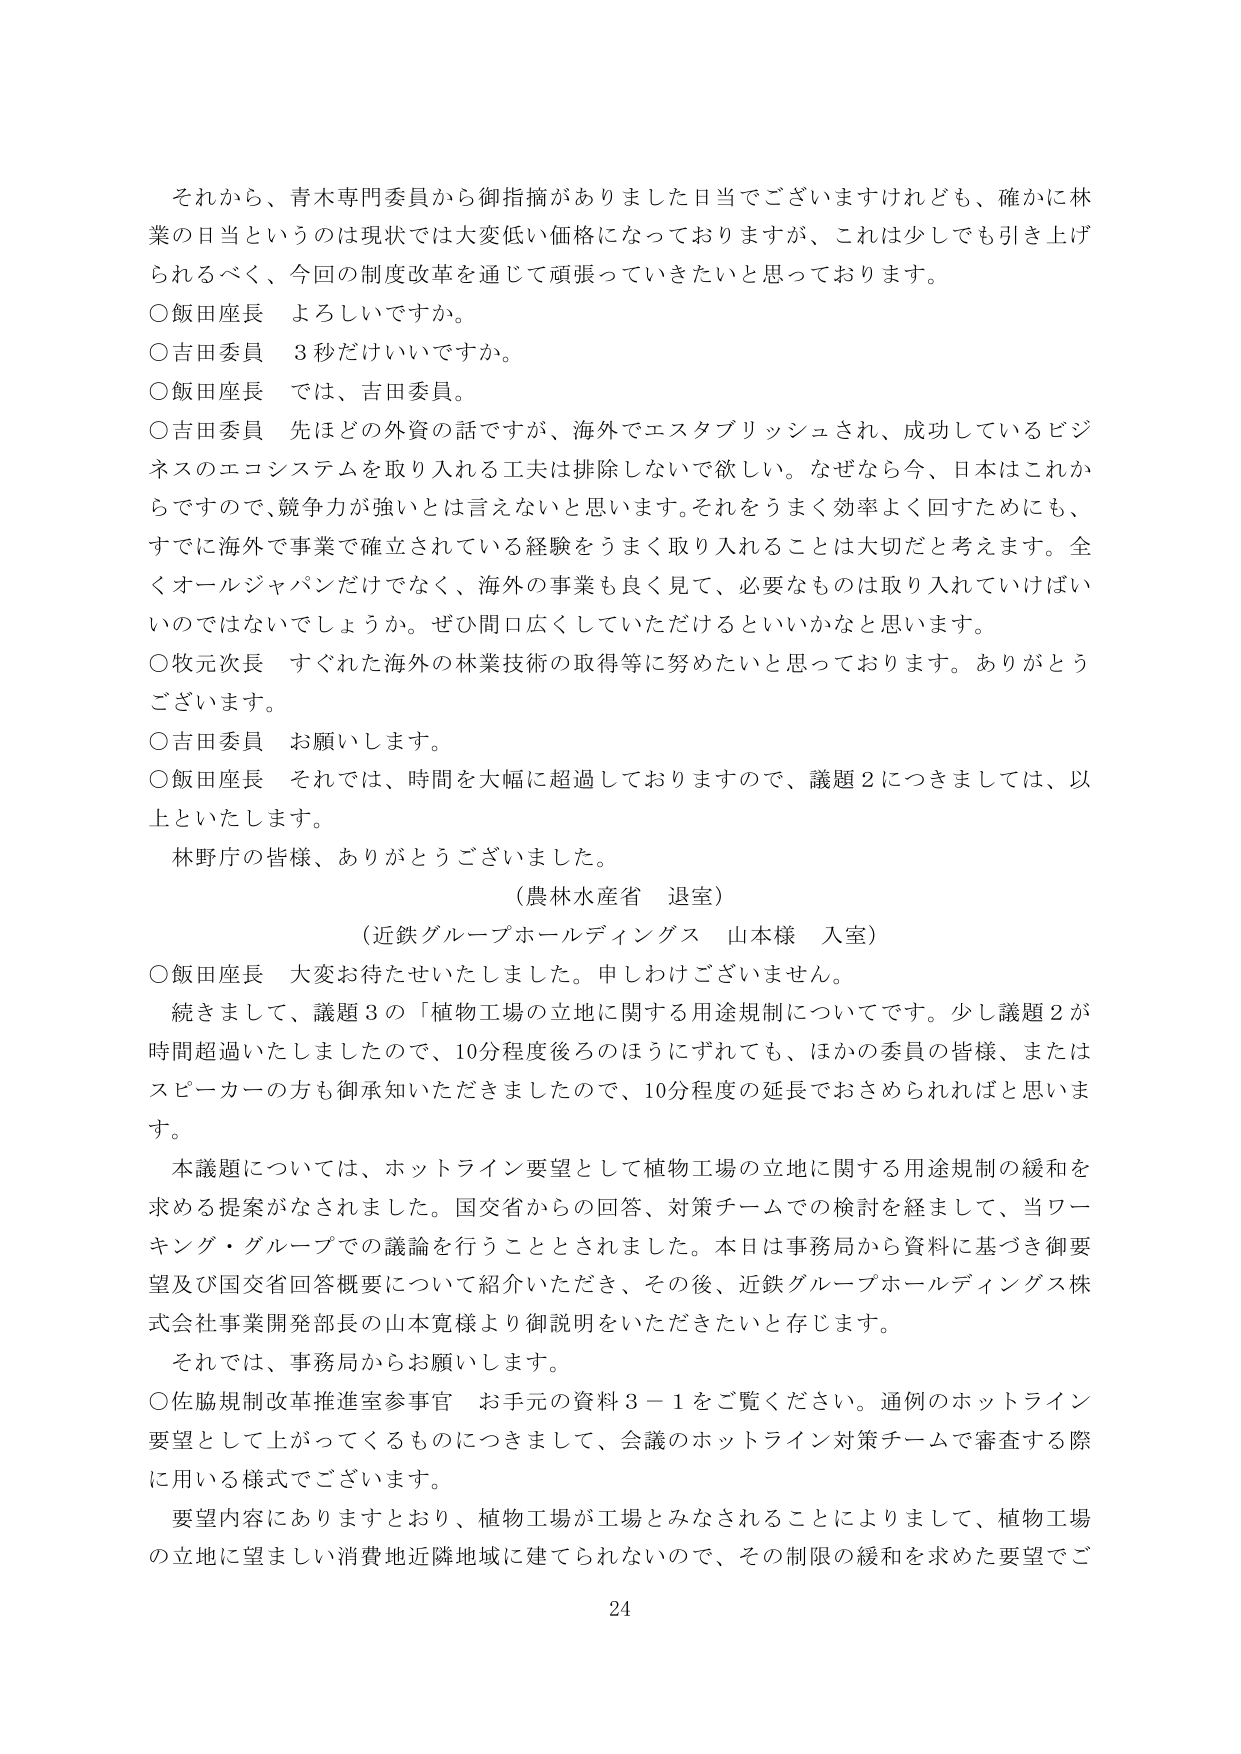
それから、青木専門委員から御指摘がありました日当でございますけれども、確かに林業の日当というのは現状では大変低い価格になっておりますが、これは少しでも引き上げられるべく、今回の制度改革を通じて頑張っていきたいと思っております。

○飯田座長　よろしいですか。

○吉田委員　3秒だけいいですか。

○飯田座長　では、吉田委員。

○吉田委員　先ほどの外資の話ですが、海外でエスタブリッシュされ、成功しているビジネスのエコシステムを取り入れる工夫は排除しないで欲しい。なぜなら今、日本はこれからですので、競争力が強いとは言えないと思います。それをうまく効率よく回すためにも、すでに海外で事業で確立されている経験をうまく取り入れることは大切だと考えます。全くオールジャパンだけではなく、海外の事業も良く見て、必要なものは取り入れていけばいいのではないでしょうか。ぜひ間口広くしていただけるといいかなと思います。

○牧元次長　すぐれた海外の林業技術の取得等に努めたいと思っております。ありがとうございます。

○吉田委員　お願いします。

○飯田座長　それでは、時間を大幅に超過しておりますので、議題2につきましては、以上といたします。

林野庁の皆様、ありがとうございました。

（農林水産省　退室）

（近鉄グループホールディングス　山本様　入室）

○飯田座長　大変お待たせいたしました。申しわけございません。

続きまして、議題3の「植物工場の立地に関する用途規制について」です。少し議題2が時間超過いたしましたので、10分程度後ろのほうにずれても、ほかの委員の皆様、またはスピーカーの方も御承知いただきましたので、10分程度の延長でおさめられればと思います。

本議題については、ホットライン要望として植物工場の立地に関する用途規制の緩和を求める提案がなされました。国交省からの回答、対策チームでの検討を経まして、当ワーキング・グループでの議論を行うこととされました。本日は事務局から資料に基づき御要望及び国交省回答概要について紹介いただき、その後、近鉄グループホールディングス株式会社事業開発部長の山本寛様より御説明をいただきたいと存じます。

それでは、事務局からお願いします。

○佐脇規制改革推進室参事官　お手元の資料3－1をご覧ください。通例のホットライン要望として上がってくるものにつきまして、会議のホットライン対策チームで審査する際に用いる様式でございます。

要望内容にありますとおり、植物工場が工場とみなされることによりまして、植物工場の立地に望ましい消費地近隣地域に建てられないため、その制限の緩和を求めた要望でご

24